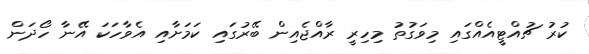
ކުރު ޗުއްޓީއެއްގައި މިވަގުތު މިހިރީ ރާއްޖެއިން ބޭރުގައި ކަމަށާއި އެވާހަކަ އޭނާ ހޯދަން